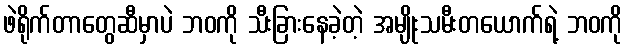
ဖဲရိုက်တာတွေဆီမှာပဲ ဘဝကို သီးခြားနေခဲ့တဲ့ အမျိုးသမီးတယောက်ရဲ့ ဘဝကို